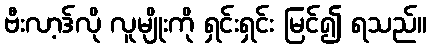
ဗီးလာ့ဒ်လို လူမျိုးကို ရှင်းရှင်း မြင်၍ ရသည်။